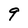
Character: 9